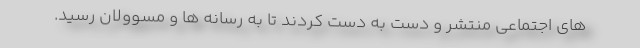
های اجتماعی منتشر و دست به دست کردند تا به رسانه ها و مسوولان رسید.